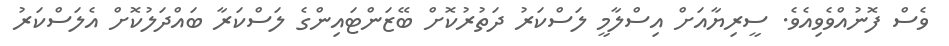
ވެސް ފޮނުއްވެވިއެވެ. ސީރިޔާއަށް އިސްލާމީ ލަސްކަރު ދަތުރުކޮށް ބޭޒަންޓައިންގެ ލަސްކަރާ ބައްދަލުކޮށް އެލަސްކަރު